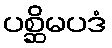
ပစ္ဆိမပဒံ